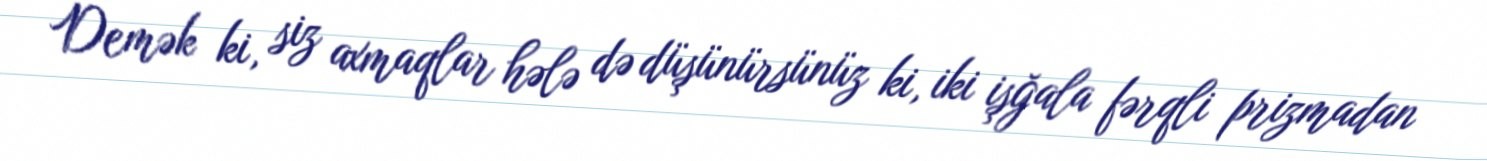
Demək ki, siz axmaqlar hələ də düşünürsünüz ki, iki işğala fərqli prizmadan